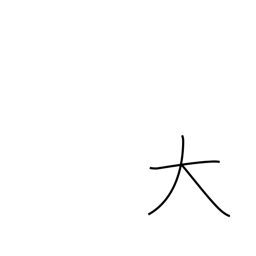
Meaning: big